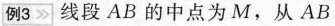
例3 线段AB的中点为M，从AB